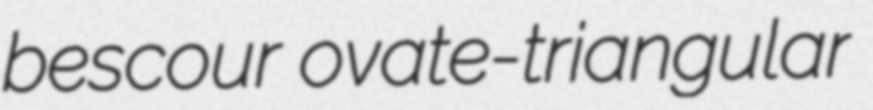
bescour ovate-triangular